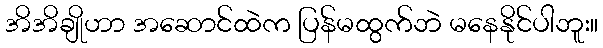
အိအိချိုဟာ အဆောင်ထဲက ပြန်မထွက်ဘဲ မနေနိုင်ပါဘူး။